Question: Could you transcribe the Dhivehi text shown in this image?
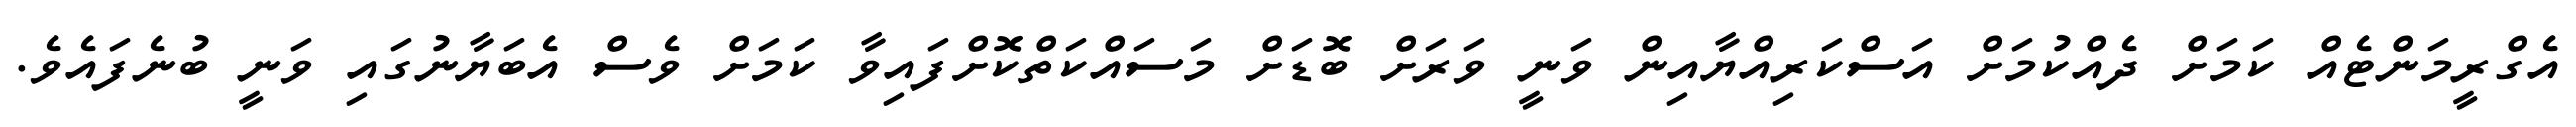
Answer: އެގްރީމަންޓެއް ކަމަށް ދެއްކުމަށް އަސްކަރިއްޔާއިން ވަނީ ވަރަށް ބޮޑަށް މަސައްކަތްކޮށްފައިވާ ކަމަށް ވެސް އެބަޔާނުގައި ވަނީ ބުނެފައެވެ.